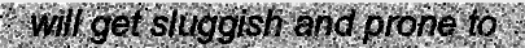
will get sluggish and prone to